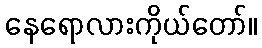
နေရောလားကိုယ်တော်။